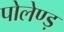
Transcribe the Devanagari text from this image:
पोलेण्ड़